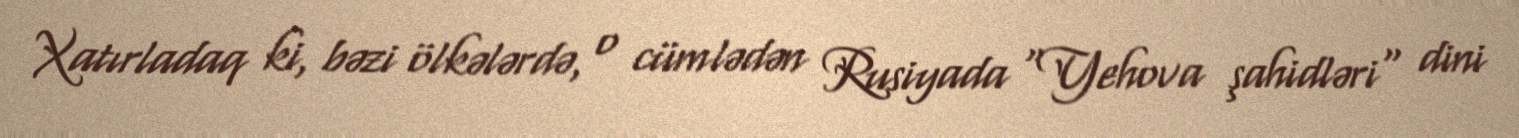
Xatırladaq ki, bəzi ölkələrdə, o cümlədən Rusiyada "Yehova şahidləri" dini